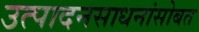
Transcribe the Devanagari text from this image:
उत्पादनसाधनांसोबत